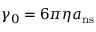
\gamma _ { 0 } = 6 \pi \eta a _ { \mathrm { n s } }